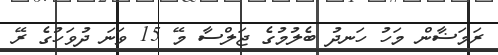
ރަމަޟާން މަހު ހަނދު ބެލުމުގެ ޖަލްސާ މޭ 15 ވަނަ ދުވަހުގެ ރޭ